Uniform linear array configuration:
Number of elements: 8
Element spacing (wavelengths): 1
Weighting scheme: blackman
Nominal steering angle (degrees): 30
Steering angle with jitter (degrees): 30.628
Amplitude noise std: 0.05
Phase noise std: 0.05

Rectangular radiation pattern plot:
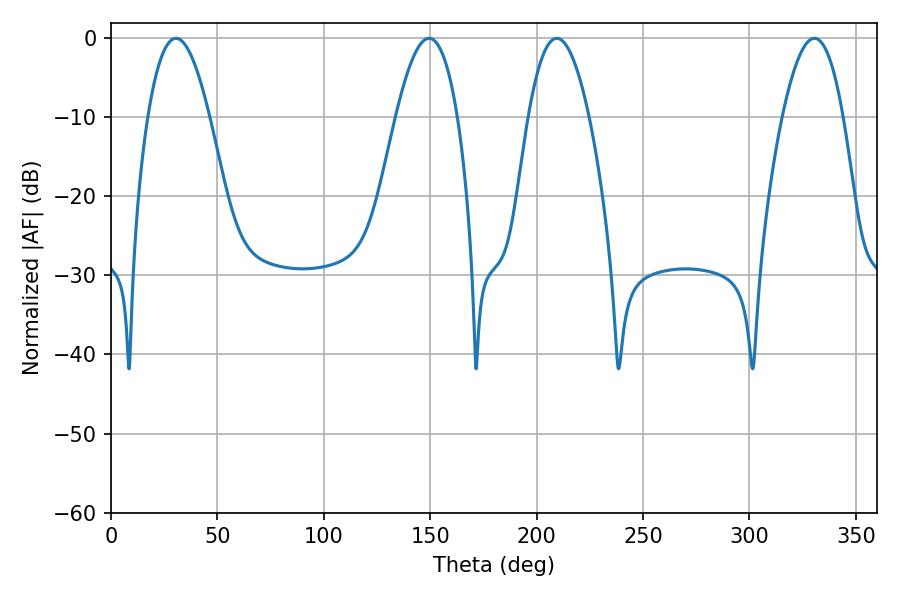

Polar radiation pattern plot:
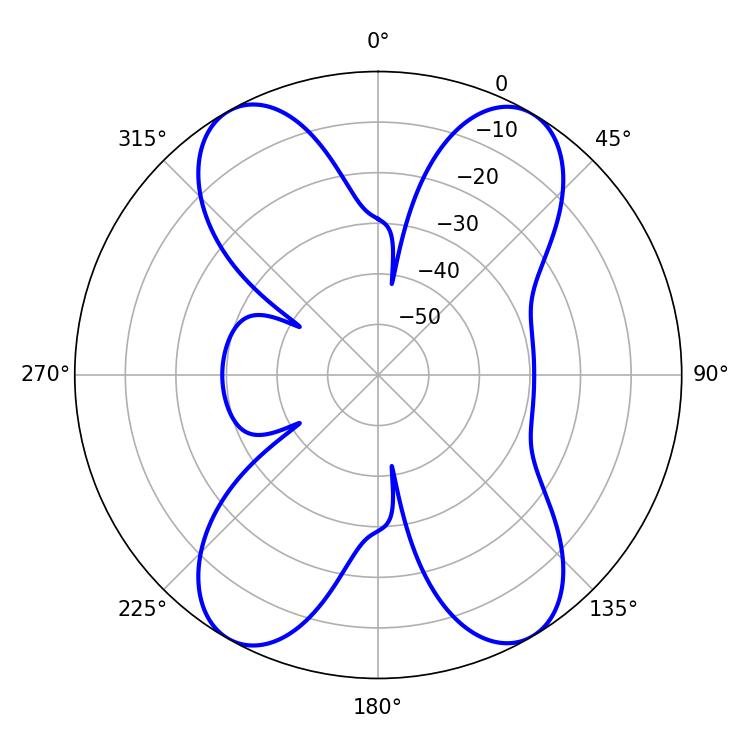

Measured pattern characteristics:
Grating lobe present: TRUE
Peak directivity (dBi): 20.488
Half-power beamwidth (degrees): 15.66
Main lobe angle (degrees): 209.52